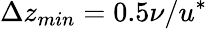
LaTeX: \Delta z_{min}=0.5\nu/u^{*}